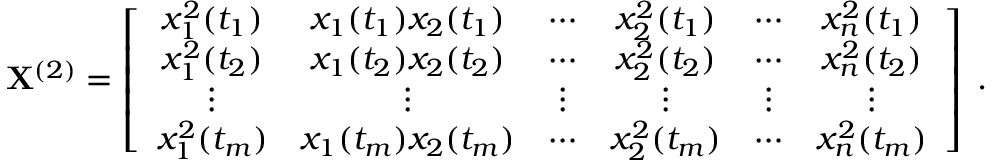
{ \bf X } ^ { ( 2 ) } = \left[ \begin{array} { c c c c c c } { x _ { 1 } ^ { 2 } ( t _ { 1 } ) } & { x _ { 1 } ( t _ { 1 } ) x _ { 2 } ( t _ { 1 } ) } & { \cdots } & { x _ { 2 } ^ { 2 } ( t _ { 1 } ) } & { \cdots } & { x _ { n } ^ { 2 } ( t _ { 1 } ) } \\ { x _ { 1 } ^ { 2 } ( t _ { 2 } ) } & { x _ { 1 } ( t _ { 2 } ) x _ { 2 } ( t _ { 2 } ) } & { \cdots } & { x _ { 2 } ^ { 2 } ( t _ { 2 } ) } & { \cdots } & { x _ { n } ^ { 2 } ( t _ { 2 } ) } \\ { \vdots } & { \vdots } & { \vdots } & { \vdots } & { \vdots } & { \vdots } \\ { x _ { 1 } ^ { 2 } ( t _ { m } ) } & { x _ { 1 } ( t _ { m } ) x _ { 2 } ( t _ { m } ) } & { \cdots } & { x _ { 2 } ^ { 2 } ( t _ { m } ) } & { \cdots } & { x _ { n } ^ { 2 } ( t _ { m } ) } \end{array} \right] \; .